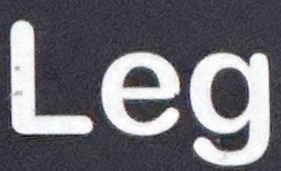
Leg